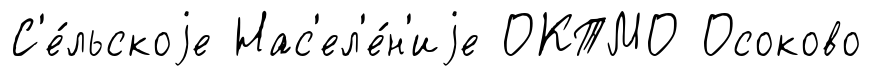
С'е́льскоjе Нас'ел'е́н'иjе ОКТМО Осоково